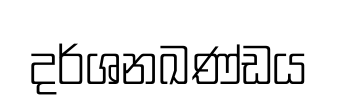
දර්ශනඛණ්ඩය